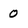
Character: 0